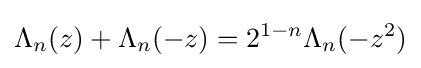
\Lambda _{n}(z)+\Lambda _{n}(-z)=2^{1-n}\Lambda _{n}(-z^{2})